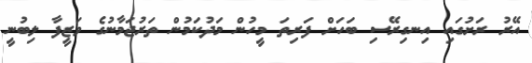
އޭރު ރަށުގައި އިނގިރޭސި ބަހަށް ފަރިތަ މީހުން މަދުކަމުން ތަރުޖަމާނުގެ ވަޒީފާ ލިބުނީ